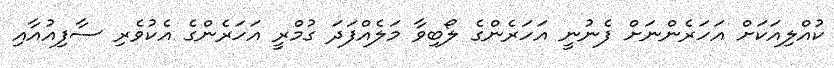
ކުއްލިއަކަށް އަހަރެންނަށް ފެނުނީ އަހަރެންގެ ލޯބިވާ މަލެއްފަދަ ގުމްރީ އަހަރެންގެ އެކުވެރި ސާފިއުއާއި